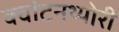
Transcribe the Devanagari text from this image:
क्‍वांटनथ्‍योरी